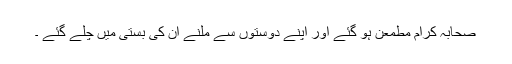
صحابہ کرام مطمعن ہو گئے اور اپنے دوستوں سے ملنے ان کی بستی میں چلے گئے ۔